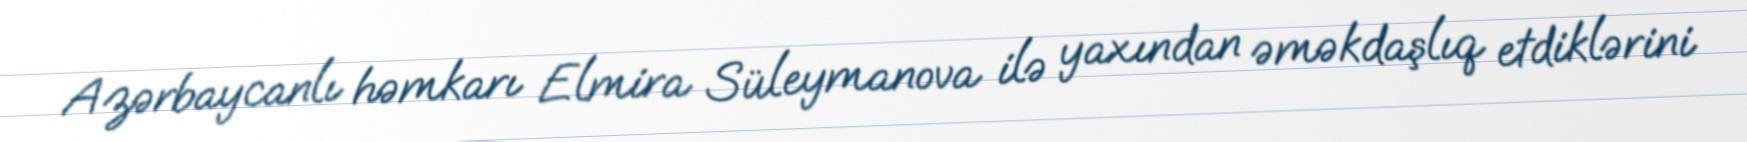
Azərbaycanlı həmkarı Elmira Süleymanova ilə yaxından əməkdaşlıq etdiklərini